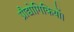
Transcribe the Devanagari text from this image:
प्रौद्योगिकियों।